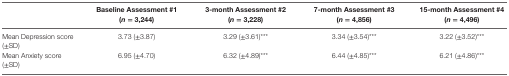
<table><thead><tr><td></td><td><b>Baseline Assessment #1 (<i>n</i> = 3,244)</b></td><td><b>3-month Assessment #2 (<i>n</i> = 3,228)</b></td><td><b>7-month Assessment #3 (<i>n</i> = 4,856)</b></td><td><b>15-month Assessment #4 (<i>n</i> = 4,496)</b></td></tr></thead><tbody><tr><td>Mean Depression score (±SD)</td><td>3.73 (±3.87)</td><td>3.29 (±3.61)***</td><td>3.34 (±3.54)***</td><td>3.22 (±3.52)***</td></tr><tr><td>Mean Anxiety score (±SD)</td><td>6.95 (±4.70)</td><td>6.32 (±4.89)***</td><td>6.44 (±4.85)***</td><td>6.21 (±4.86)***</td></tr></tbody></table>